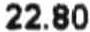
22.80